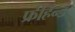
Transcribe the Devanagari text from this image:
फ्रीहॅन्ड